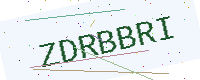
Text: ZDRBBRI